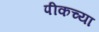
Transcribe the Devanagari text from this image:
पीकच्या